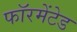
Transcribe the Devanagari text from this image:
फॉरमेंटेड